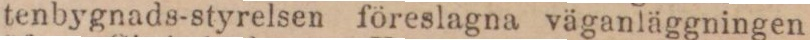
tenbygnads-styrelsen föreslagna väganläggningen